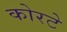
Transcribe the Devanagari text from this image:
कोरटे